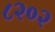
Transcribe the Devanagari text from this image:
८२०२